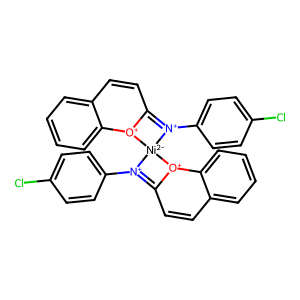
SMILES: Clc1ccc([N+]2=C3C=Cc4ccccc4[O+]3[Ni-2]23[N+](c2ccc(Cl)cc2)=C2C=Cc4ccccc4[O+]23)cc1
Inhibits HIV replication: No